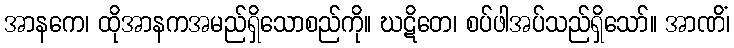
အာနကေ၊ ထိုအာနကအမည်ရှိသောစည်ကို။ ဃဋိတေ၊ စပ်ဖါအပ်သည်ရှိသော်။ အာဏိံ၊